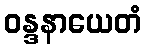
ဝန္ဒနာယေတံ